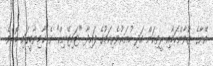
އޭނާގެ ޒުވާންކަމާއި ރީތިކަން އަދި ހުނަރުވެރިކަމުގެ ފައިދާ "ޓައިޓޭނިކް" ގެ ކާމިޔާބީގައި ބޮޑެވެ.